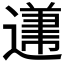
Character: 𲅱